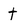
Character: t